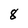
Character: 8